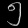
Digit: ၅